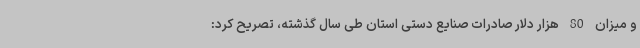
و میزان 80 هزار دلار صادرات صنایع دستی استان طی سال گذشته، تصریح کرد: